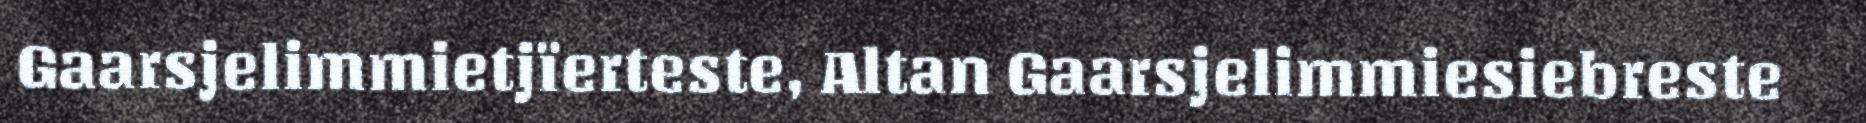
Gaarsjelimmietjïerteste, Altan Gaarsjelimmiesiebreste